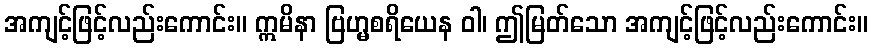
အကျင့်ဖြင့်လည်းကောင်း။ ဣမိနာ ဗြဟ္မစရိယေန ဝါ၊ ဤမြတ်သော အကျင့်ဖြင့်လည်းကောင်း။